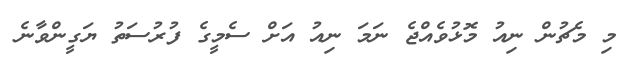
މި މެޗުން ނިއު މޮޅުވެއްޖެ ނަމަ ނިއު އަށް ސެމީގެ ފުރުސަތު ޔަގީންވާނެ